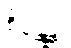
စိန္တေန္တာ